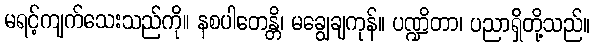
မရင့်ကျက်သေးသည်ကို။ နစပါတေန္တိ၊ မချွေချကုန်။ ပဏ္ဍိတာ၊ ပညာရှိတို့သည်။